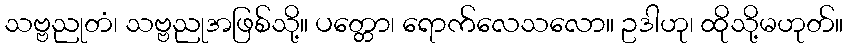
သဗ္ဗညုတံ၊ သဗ္ဗညုအဖြစ်သို့။ ပတ္တော၊ ရောက်လေသလော။ ဥဒါဟု၊ ထိုသို့မဟုတ်။